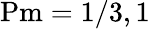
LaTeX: \mathrm{Pm}=1/3,1